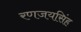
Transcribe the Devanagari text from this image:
रणजयसिंह